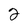
Character: 2